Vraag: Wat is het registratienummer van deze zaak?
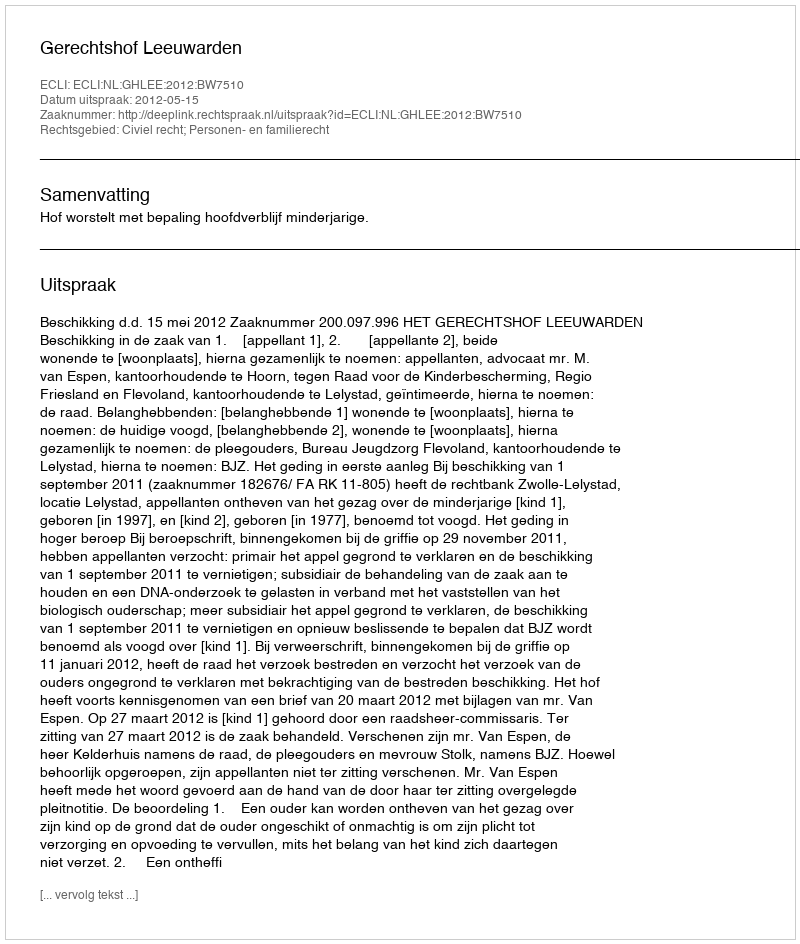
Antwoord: http://deeplink.rechtspraak.nl/uitspraak?id=ECLI:NL:GHLEE:2012:BW7510